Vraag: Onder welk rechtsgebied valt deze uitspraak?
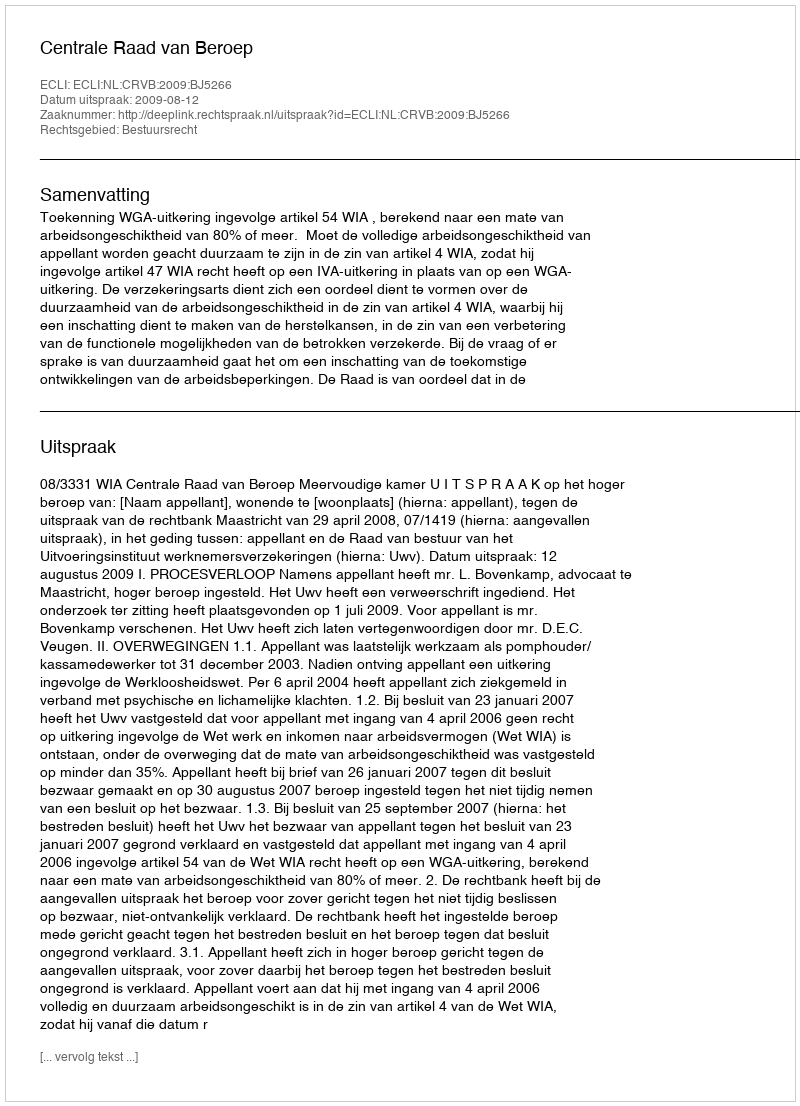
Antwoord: Bestuursrecht